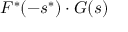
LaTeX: F ^ { * } ( - s ^ { * } ) \cdot G ( s )